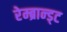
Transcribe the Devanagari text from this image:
रेम्ब्रान्ड्ट